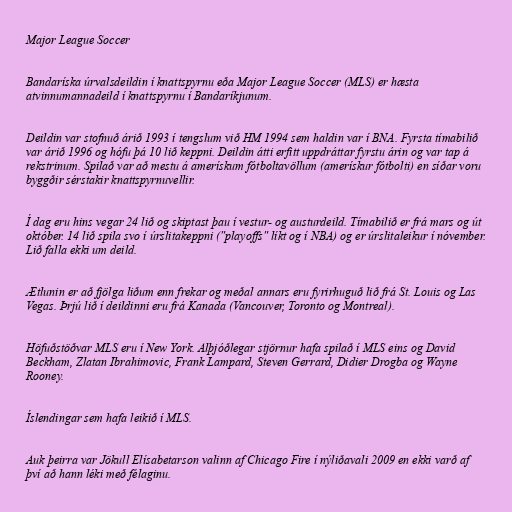
Major League Soccer

Bandaríska úrvalsdeildin í knattspyrnu eða Major League Soccer (MLS) er hæsta
atvinnumannadeild í knattspyrnu í Bandaríkjunum.

Deildin var stofnuð árið 1993 í tengslum við HM 1994 sem haldin var í BNA. Fyrsta tímabilið
var árið 1996 og hófu þá 10 lið keppni. Deildin átti erfitt uppdráttar fyrstu árin og var tap á
rekstrinum. Spilað var að mestu á amerískum fótboltavöllum (amerískur fótbolti) en síðar voru
byggðir sérstakir knattspyrnuvellir.

Í dag eru hins vegar 24 lið og skiptast þau í vestur- og austurdeild. Tímabilið er frá mars og út
október. 14 lið spila svo í úrslitakeppni ("playoffs" líkt og í NBA) og er úrslitaleikur í nóvember.
Lið falla ekki um deild.

Ætlunin er að fjölga liðum enn frekar og meðal annars eru fyrirhuguð lið frá St. Louis og Las
Vegas. Þrjú lið í deildinni eru frá Kanada (Vancouver, Toronto og Montreal).

Höfuðstöðvar MLS eru í New York. Alþjóðlegar stjörnur hafa spilað í MLS eins og David
Beckham, Zlatan Ibrahimovic, Frank Lampard, Steven Gerrard, Didier Drogba og Wayne
Rooney.

Íslendingar sem hafa leikið í MLS.

Auk þeirra var Jökull Elísabetarson valinn af Chicago Fire í nýliðavali 2009 en ekki varð af
því að hann léki með félaginu.